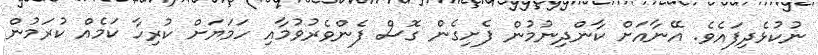
ނުކުޅެދިފައެވެ. އޭނާއަށް ކާންދިނުމުން ފެށިގެެން ގޮސް ފެންވެރުވުމާއި ހަމަޔަށް ކުރިހާ ކަމެއް ކުރަމުން